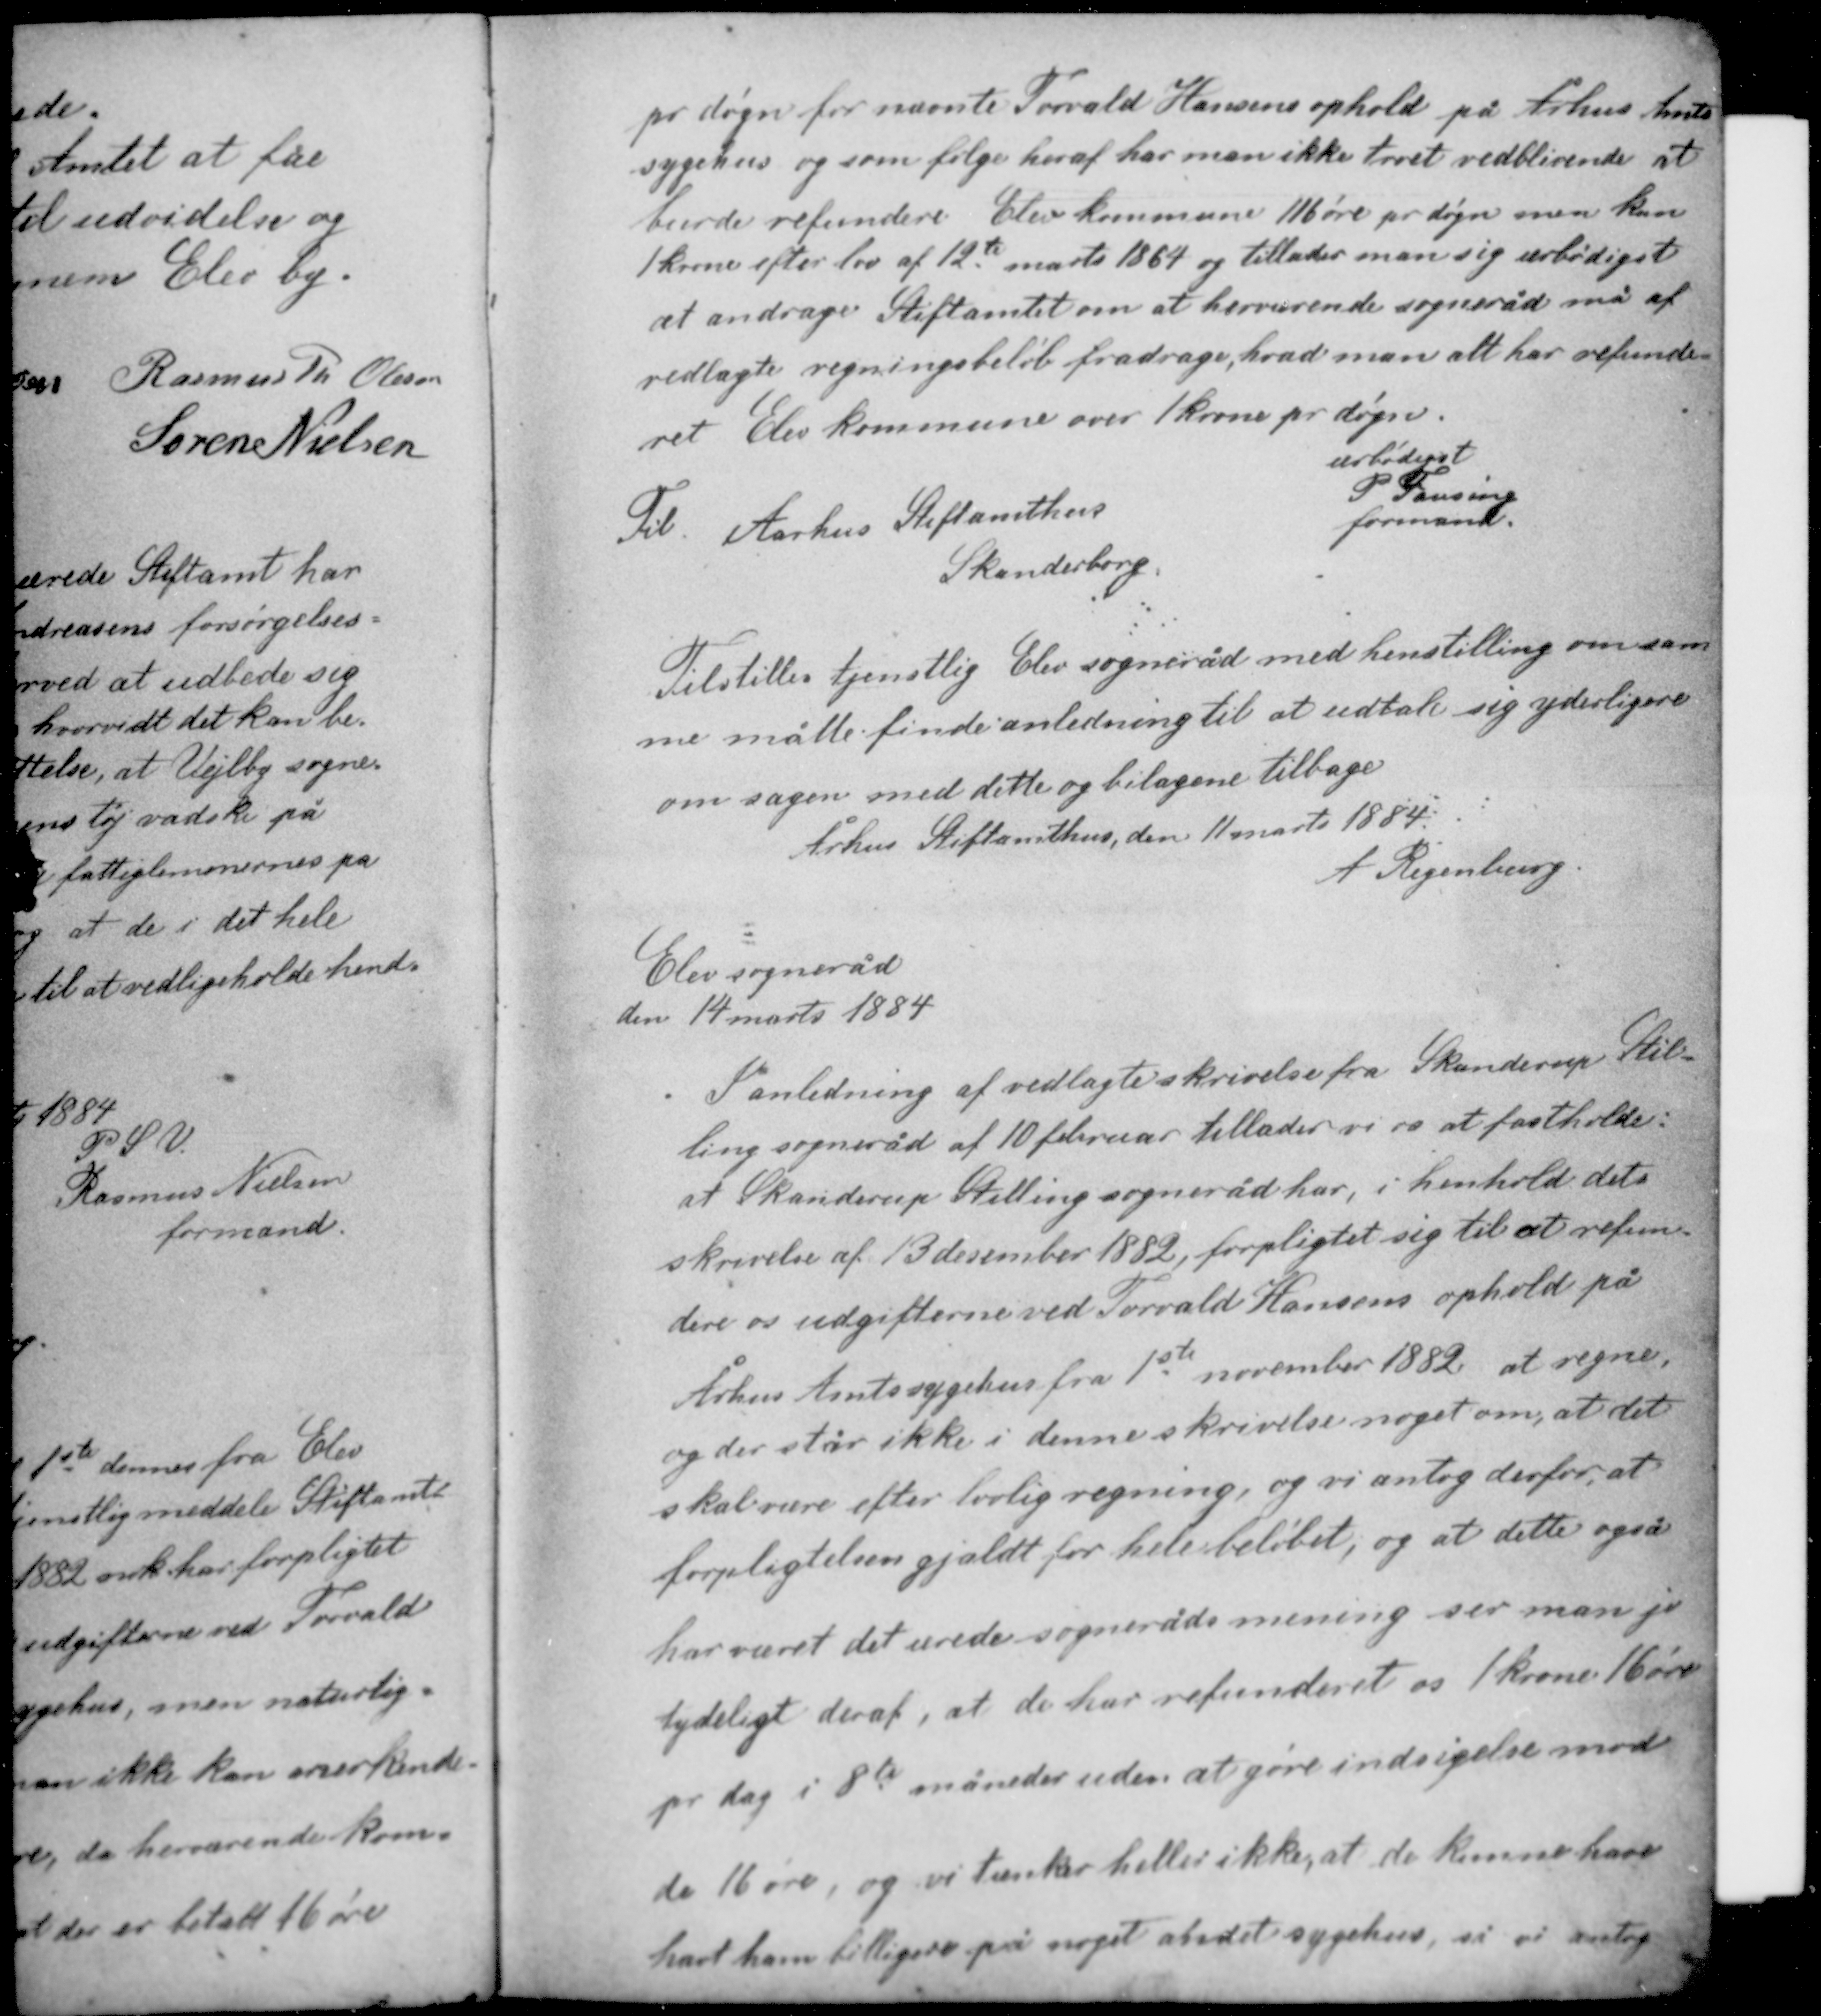
Transskription:
pr døgn for nævnte Torvald Hansens ophold på Århus Amts-
sygehus og som følge heraf har man ikke troet vedblivende at
burde refundere Elev kommune 116 øre pr døgn men kun
1 krone efter lov af 12te marts 1864 og tillader man sig ærbødigst
at andrage Stiftamtet om at herværende sogneråd må af
vedlagte regningsbeløb fradrage, hvad man alt har refunde-
ret Elev kommune over 1 krone pr døgn

ærbødigst
P. Fausing
formand

Til Århus Stiftamthus
Skanderborg

Tilstilles tjentlig Elev sogneråd med henstilling om sam-
me måtte finde anledning til at udtale sig yderligere
om sagen med dette og bilagene tilbage.
Århus Stiftamthus, den 11 marts 1884
A. Regenburg

Elev sogneråd
den 14 marts 1884

I anledning af vedlagte skrivelse fra Skanderup Stil-
ling sogneråd af 10 februar tillader vi os at fastholde:
at Skanderup Stilling sogneråd har, i henhold dets
skrivelse af 13 december 1882, forpligtet sig til at refun-
dere os udgifterne ved Torvald Hansens ophold på

Århus Amtssygehus fra 1ste november 1882 at regne
og der står ikke i denne skrivelse noget om, at det
skal være efter lovlig regning, og vi antog derfor, at
forpligtelsen gjaldt for hele beløbet, og at dette også

har været det ærede sogneråds mening ser man jo
tydeligt deraf, at de har refunderet os 1 krone 16 øre
pr dag i 8te måneder uden at gøre indsigelse mod
de 16 øre, og vi tænker heller ikke, at de kunne have
havt ham billigere på noget andet sygehus, så vi antog